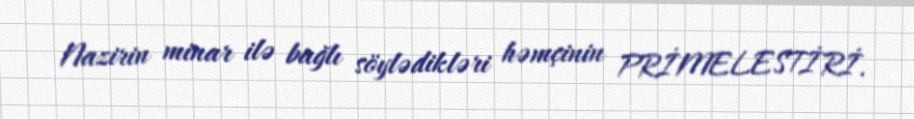
Nazirin minar ilə bağlı söylədikləri həmçinin PRİMELESTİRİ.